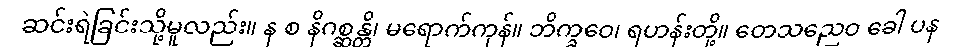
ဆင်းရဲခြင်းသို့မူလည်း။ န စ နိဂစ္ဆန္တိ၊ မရောက်ကုန်။ ဘိက္ခဝေ၊ ရဟန်းတို့။ တေသညေဝ ခေါ ပန